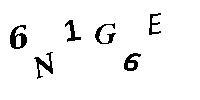
6N1G6E